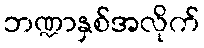
ဘဏ္ဍာနှစ်အလိုက်